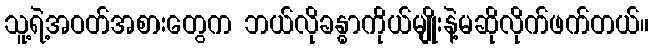
သူ့ရဲ့အဝတ်အစားတွေက ဘယ်လိုခန္ဓာကိုယ်မျိုးနဲ့မဆိုလိုက်ဖက်တယ်။